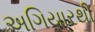
અગિયારથી